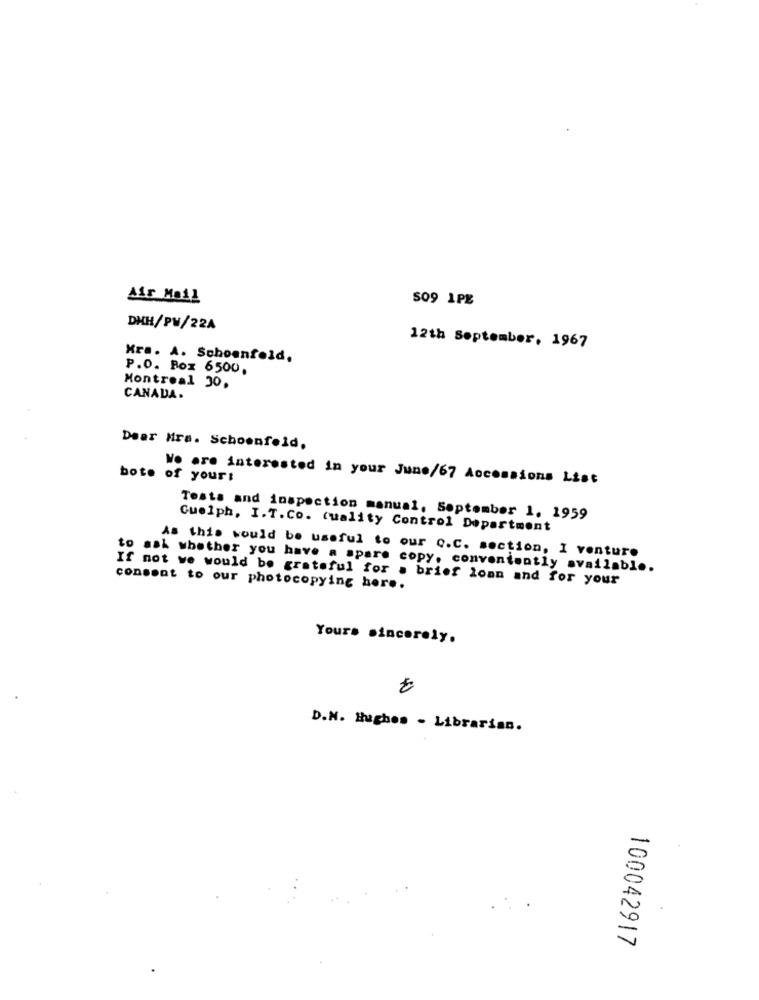
Air Mail
S09 1PE
DHH/PW/22A
12th September, 1967
Kra. A. Schoenfeld,
P.O. Box 6500.
Montreal 30.
CANADA.
Dear Mra. Schoenfeld,
bote of your:
We are interested in your June/67 Aocomsions List
Tests and inspection manual, September 1. 1959
Guelph, I.T. Co. quality Control Department
As this would be useful to our o.C. section, I venture
to sal whether you have a spare copy, conveniently available.
If not we would be grateful for . brief loan and for your
consent to our photocopying her ..
Yours sincerely.
D.N. Hughes - Librarian.
100042917